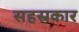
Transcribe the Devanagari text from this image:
सहस्रकार